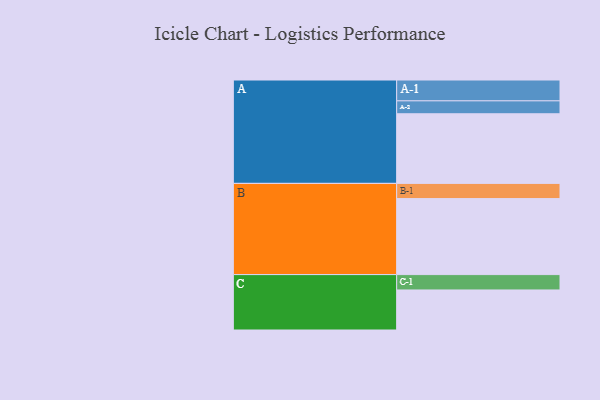
{"axis": {"x": "Segment", "y": "Value"}, "legend": ["", "A", "B", "C"], "data": [{"x": "A", "y": 544, "type": ""}, {"x": "B", "y": 594, "type": ""}, {"x": "C", "y": 313, "type": ""}, {"x": "A-1", "y": 163, "type": "A"}, {"x": "A-2", "y": 101, "type": "A"}, {"x": "B-1", "y": 119, "type": "B"}, {"x": "C-1", "y": 120, "type": "C"}]}